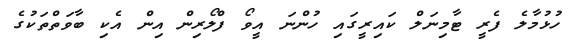
ހުޅުމާލެ ފެރީ ޓާމިނަލް ކައިރީގައި ހުންނަ އީވޯ ފްލޯރިން އިން އެކި ބާވަތްތަކުގެ